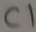
Text: C1